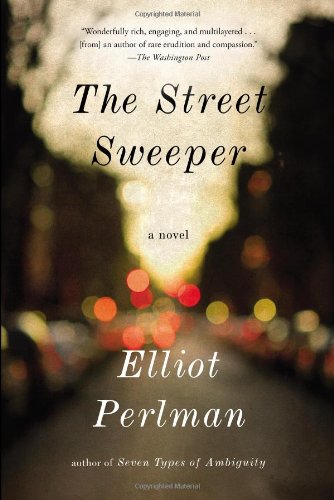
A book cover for The Street Sweeper; Elliot Perlman; Literature & Fiction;